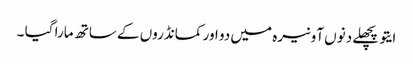
ایتو پچھلے دنوں آونیرہ میں دو اور کمانڈروں کے ساتھ مارا گیا ۔